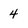
Character: 4